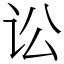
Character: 讼